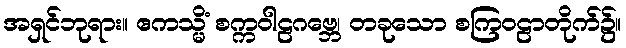
အရှင်ဘုရား။ ဧကသ္မိံ စက္ကဝါဠဂဗ္ဘေ၊ တခုသော စကြဝဠာတိုက်၌။